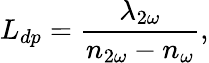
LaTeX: L_{dp}=\frac{\lambda_{2\omega}}{n_{2\omega}-n_{\omega}},